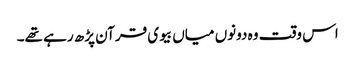
اس وقت وہ دونوں میاں بیوی قرآن پڑھ رہے تھے۔